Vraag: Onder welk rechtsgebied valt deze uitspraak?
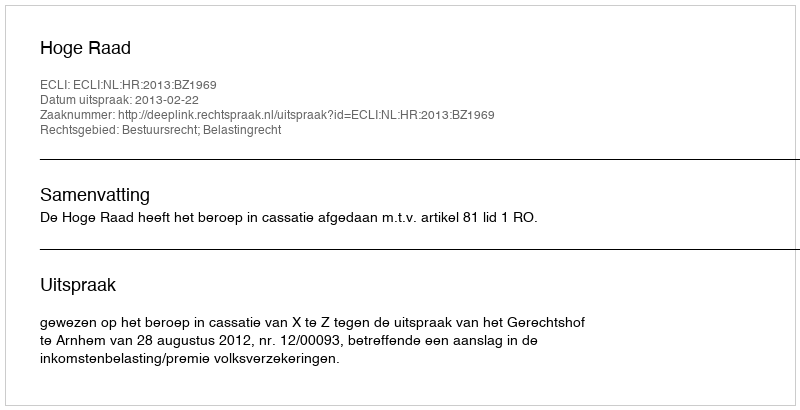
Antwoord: Bestuursrecht; Belastingrecht